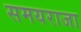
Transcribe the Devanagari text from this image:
समयराजा